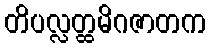
တိပလ္လတ္ထမိဂဇာတက